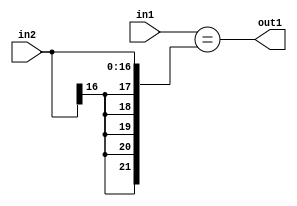
`timescale 1ps / 1ps
/*****************************************************************************
    Verilog RTL Description
    
    
    Created by: Stratus DpOpt 2019.1.01 
*******************************************************************************/

module st_weight_addr_gen_Equal_17Sx16U_1U_4_4 (
	in2,
	in1,
	out1
	); /* architecture "behavioural" */ 
input [16:0] in2;
input [15:0] in1;
output  out1;
wire  asc001;

assign asc001 = (in1=={{5{in2[16]}}, in2});

assign out1 = asc001;
endmodule

/* CADENCE  ubPyTg4= : u9/ySgnWtBlWxVPRXgAZ4Og= ** DO NOT EDIT THIS LINE ******/